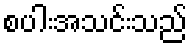
စပါးအသင်းသည်